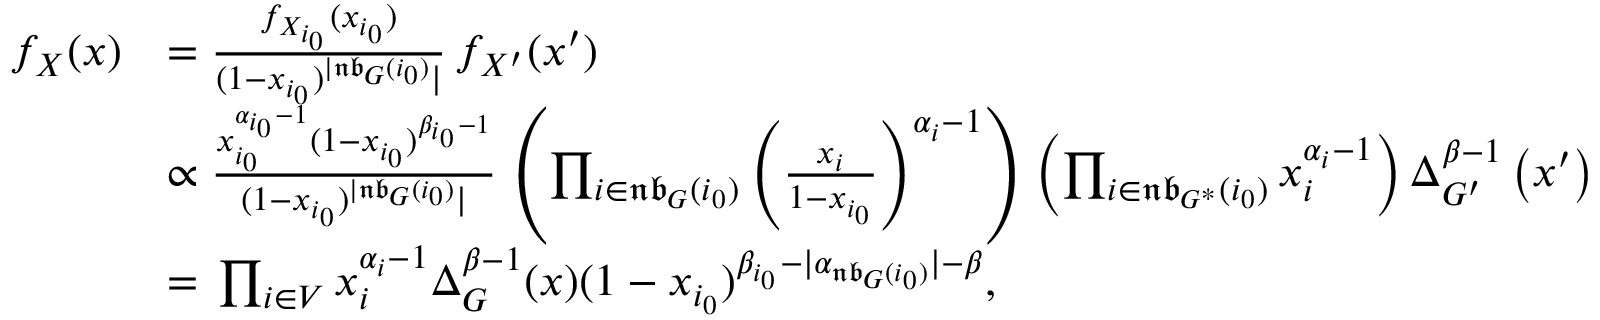
\begin{array} { r l } { f _ { X } ( x ) } & { = \frac { f _ { X _ { i _ { 0 } } } ( x _ { i _ { 0 } } ) } { ( 1 - x _ { i _ { 0 } } ) ^ { | \mathfrak { n b } _ { G } ( i _ { 0 } ) } | } \, f _ { X ^ { \prime } } ( x ^ { \prime } ) } \\ & { \propto \frac { x _ { i _ { 0 } } ^ { \alpha _ { i _ { 0 } } - 1 } ( 1 - x _ { i _ { 0 } } ) ^ { \beta _ { i _ { 0 } } - 1 } } { ( 1 - x _ { i _ { 0 } } ) ^ { | \mathfrak { n b } _ { G } ( i _ { 0 } ) } | } \, \left( \prod _ { i \in \mathfrak { n b } _ { G } ( i _ { 0 } ) } \left( \frac { x _ { i } } { 1 - x _ { i _ { 0 } } } \right) ^ { \alpha _ { i } - 1 } \right) \, \left( \prod _ { i \in \mathfrak { n b } _ { G ^ { * } } ( i _ { 0 } ) } x _ { i } ^ { \alpha _ { i } - 1 } \right) \Delta _ { G ^ { \prime } } ^ { \beta - 1 } \left( x ^ { \prime } \right) } \\ & { = \, \prod _ { i \in V } x _ { i } ^ { \alpha _ { i } - 1 } \Delta _ { G } ^ { \beta - 1 } ( x ) ( 1 - x _ { i _ { 0 } } ) ^ { \beta _ { i _ { 0 } } - | \alpha _ { \mathfrak { n b } _ { G } ( i _ { 0 } ) } | - \beta } , } \end{array}